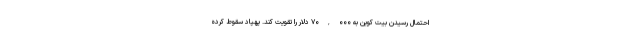
احتمال رسیدن بیت کوین به ۷۰,۰۰۰ دلار را تقویت کند. پهپاد سقوط کرده